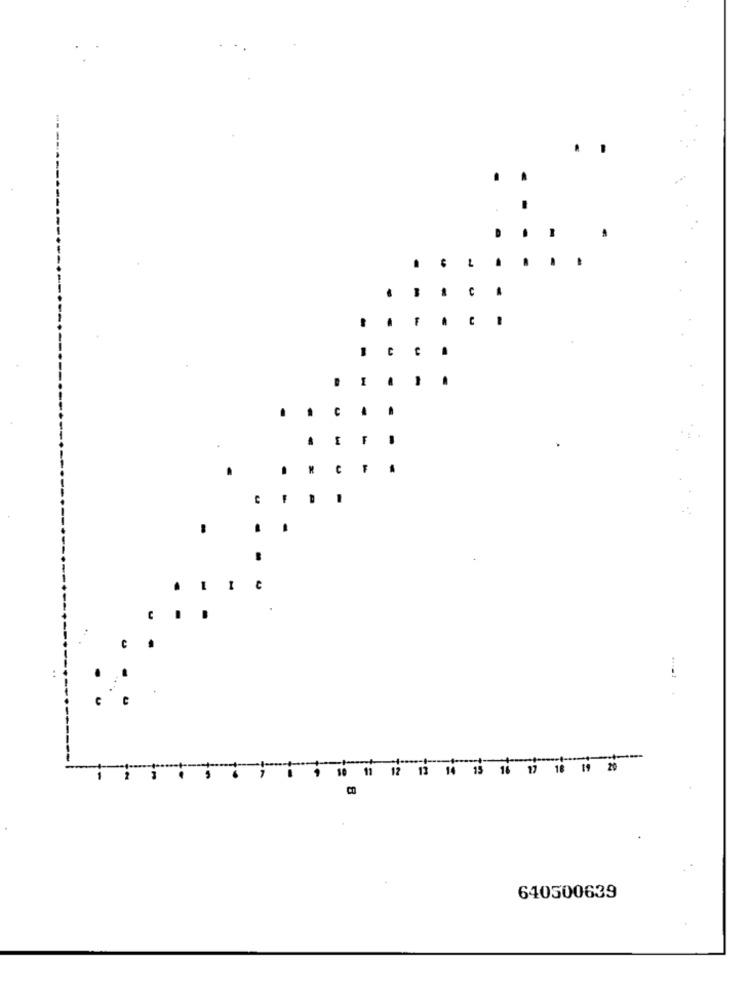
-----
---
C
:
..
----
10
11
12
12
14 15 18 17 18
19
20
1
2
640500639